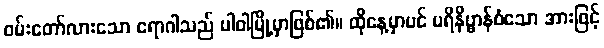
ဝမ်းတော်လားသော ရောဂါသည် ပါဝါမြို့မှာဖြစ်၏။ ထိုနေ့မှာပင် ပရိနိဗ္ဗာန်စံသော အားဖြင့်